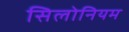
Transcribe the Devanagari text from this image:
सिलोनियम